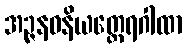
အဉ္ဇနဝနိယတ္ထေရဂါထာ